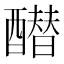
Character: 𰼓